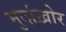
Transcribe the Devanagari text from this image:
मुर्दाख़ोर